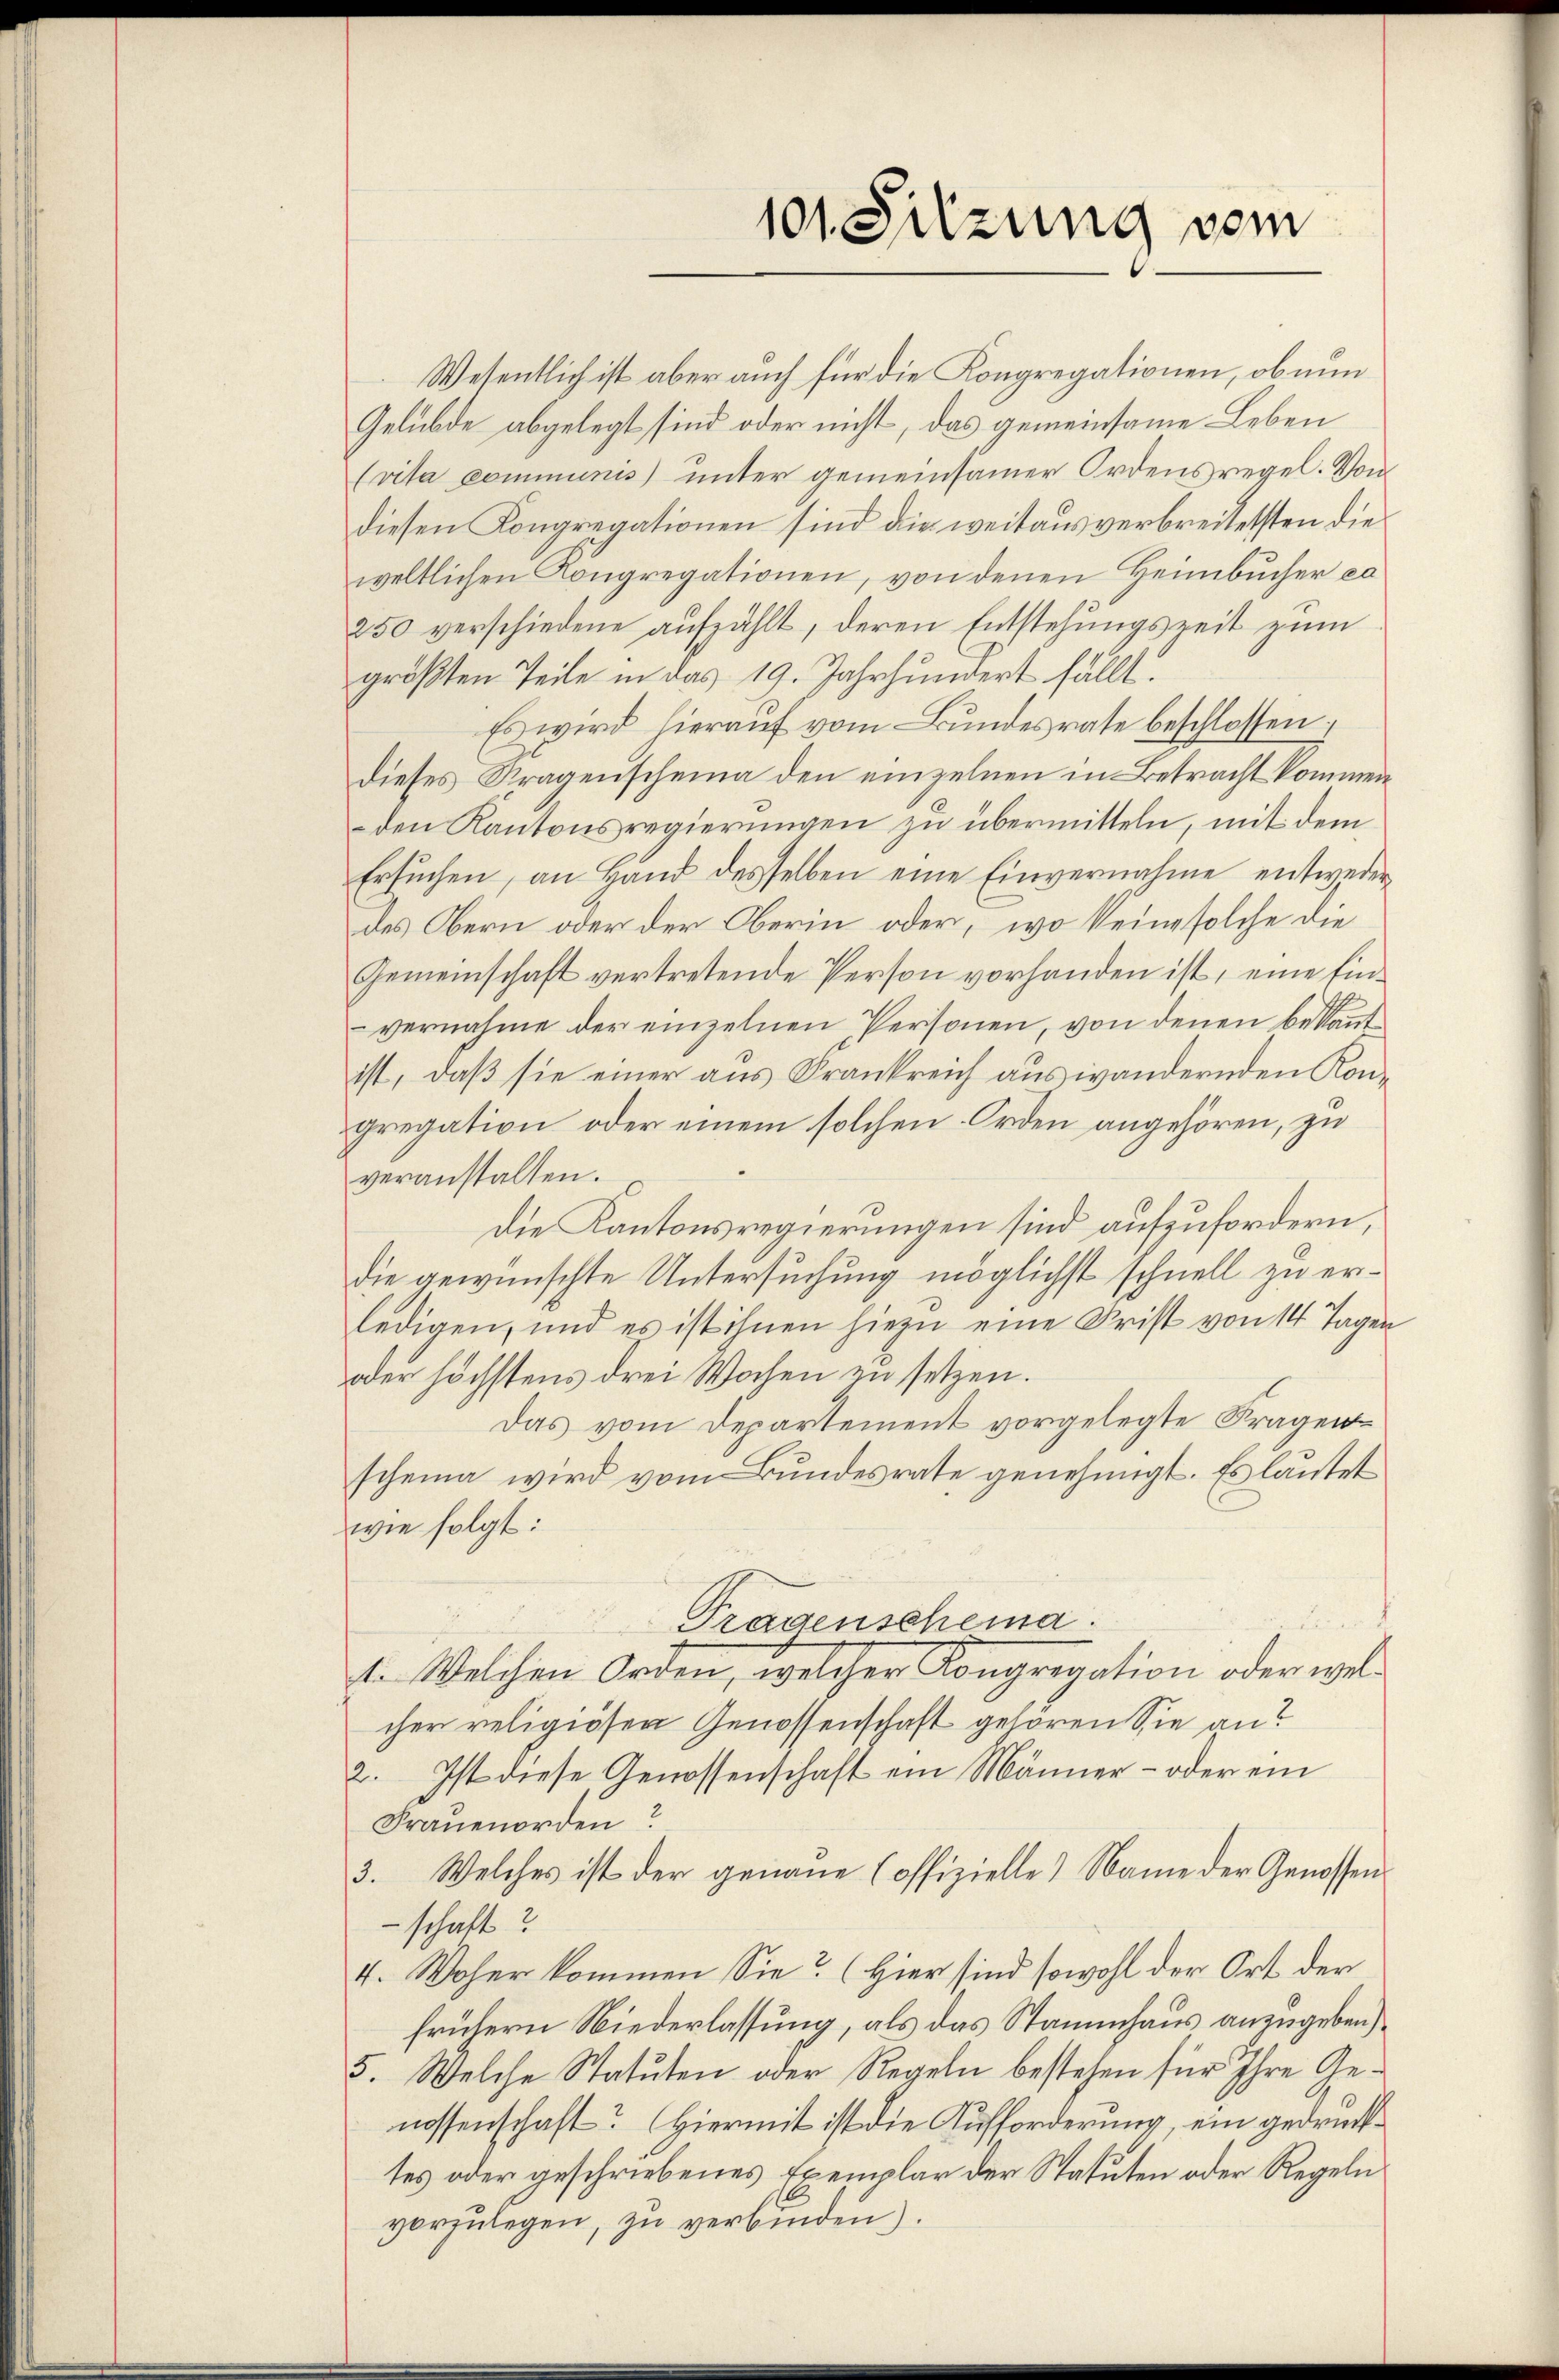
101. Sitzung vom

Wesentlich ist aber auch für die Kongregationen, ob nun
Gelübde abgelegt sind oder nicht, das gemeinsame Leben
(vita communis) unter gemeinsamer Ordensregel. Von
diesen Kongregationen sind die weitaus verbreitetsten die
weltlichen Kongregationen, von denen Heimbucher ex
250 verschiedene aufzählt, deren Entstehungsreit zum
größten Teile in das 19. Jahrhundert fällt.
Es wird hierauf vom Bundesrate beschlossen:
dieses Tragenscheina den einzelnen in Betracht kommen
den Kantonsregierungen zu übermitteln, mit dem
Ersuchen, an Hand desselben eine Einvernahme entwederdes Obern oder der Oberin oder, wo keine solche die
Gemeinschaft vertretende Person vorhanden ist, eine Ein¬
2
vernahme der einzelnen Personen, von denen bekannt
ist, daß sie einer aus Frankreich auswandernden Kongregation oder einem solchen Orden angehören, zu
veranstalten.
die Kantonsregierungen sind aufzufordern,
die gewünschte Untersuchung möglichst schnell zu erledigen, und es ist ihnen hiezu eine Frist von 14 Tagen
oder höchstens drei Wochen zu setzen.
Das vom Departement vorgelegte Fragen
scheine wird vom Bundesrate genehmigt. Es lautet
wie folgt:
s
.
Tragenscheina
t. Welchen Orden, welcher Kongregation oder welcher religiösen Genossenschaft gehören Sie an?
2. Ist diese Genossenschaft ein Männer- oder ein
Frauenorden?
3. Welches ist der genaue Coffizielle) Name der Genossen
schaft?
4. Woher kommen Sie? (Hier sind sowohl der Ort der
frühern Niederlassung, als das Stammhaus anzugeben)
5. Welche Statuten oder Regeln bestehen für Ihre Genossenschaft? Hiermit ist die Aufforderung, ein gedrücktes oder geschriebenes Exemplar der Statuten oder Regeln
vorzŭlegen, zu verbinden).